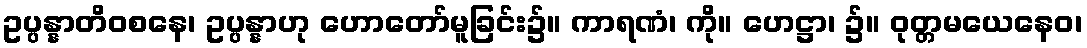
ဥပ္ပန္နာတိဝစနေ၊ ဥပ္ပန္နာဟု ဟောတော်မူခြင်း၌။ ကာရဏံ၊ ကို။ ဟေဋ္ဌာ၊ ၌။ ဝုတ္တမယေနေဝ၊